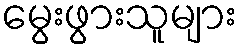
မွေးဖွားသူများ